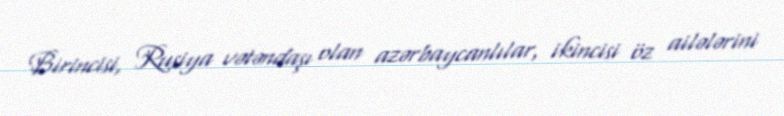
Birincisi, Rusiya vətəndaşı olan azərbaycanlılar, ikincisi öz ailələrini